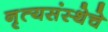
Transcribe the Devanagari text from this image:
नृत्यसंस्थेचे